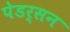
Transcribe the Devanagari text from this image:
पेडर्सन